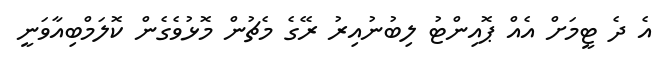
އެ ދެ ޓީމަށް އެއް ޕޮއިންޓު ލިބުނުއިރު ރޭގެ މެޗުން މޮޅުވެގެން ކޮލަމްބިއާވަނީ